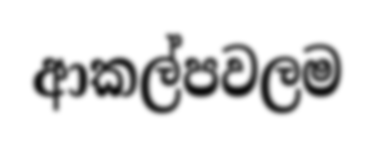
ආකල්පවලම